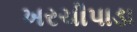
ખરચીપાડા